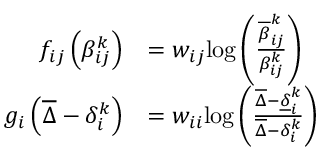
\begin{array} { r l } { f _ { i j } \left( \beta _ { i j } ^ { k } \right) } & { = w _ { i j } \mathrm { l o g } \left( \frac { \overline { { \beta } } _ { i j } ^ { k } } { \beta _ { i j } ^ { k } } \right) } \\ { g _ { i } \left( \overline { { \Delta } } - \delta _ { i } ^ { k } \right) } & { = w _ { i i } \mathrm { l o g } \left( \frac { \overline { { \Delta } } - \underline { { \delta } } _ { i } ^ { k } } { \overline { { \Delta } } - \delta _ { i } ^ { k } } \right) } \end{array}